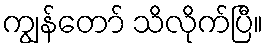
ကျွန်တော် သိလိုက်ပြီ။